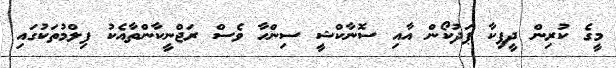
މީގެ ކުރިން ދީޕިކާ ޕަދުކޯން އާއި ސޮނާކްޝީ ސިންހާ ވެސް ރަޖްނީކާންތާއެކު ފިލްމުތަކުގައި